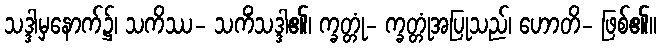
သဒ္ဒါမှနောက်၌၊ သကိဿ- သကိံသဒ္ဒါ၏၊ က္ခတ္တုံ- က္ခတ္တုံအပြုသည်၊ ဟောတိ- ဖြစ်၏။